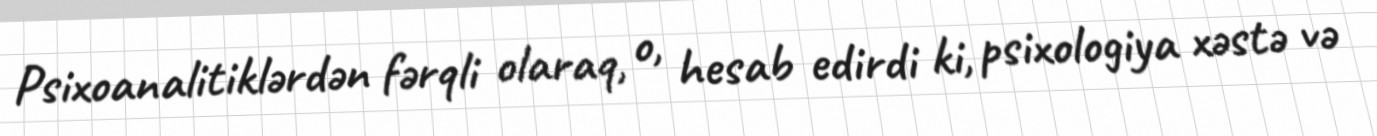
Psixoanalitiklərdən fərqli olaraq, o, hesab edirdi ki, psixologiya xəstə və